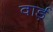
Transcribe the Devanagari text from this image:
वार्ड़